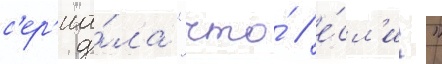
с'ер'иа́ла "что́ / е́сл'и?"